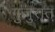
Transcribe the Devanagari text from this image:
गुजुरात